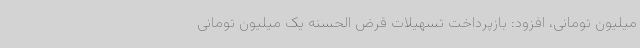
میلیون تومانی، افزود: بازپرداخت تسهیلات قرض الحسنه یک میلیون تومانی